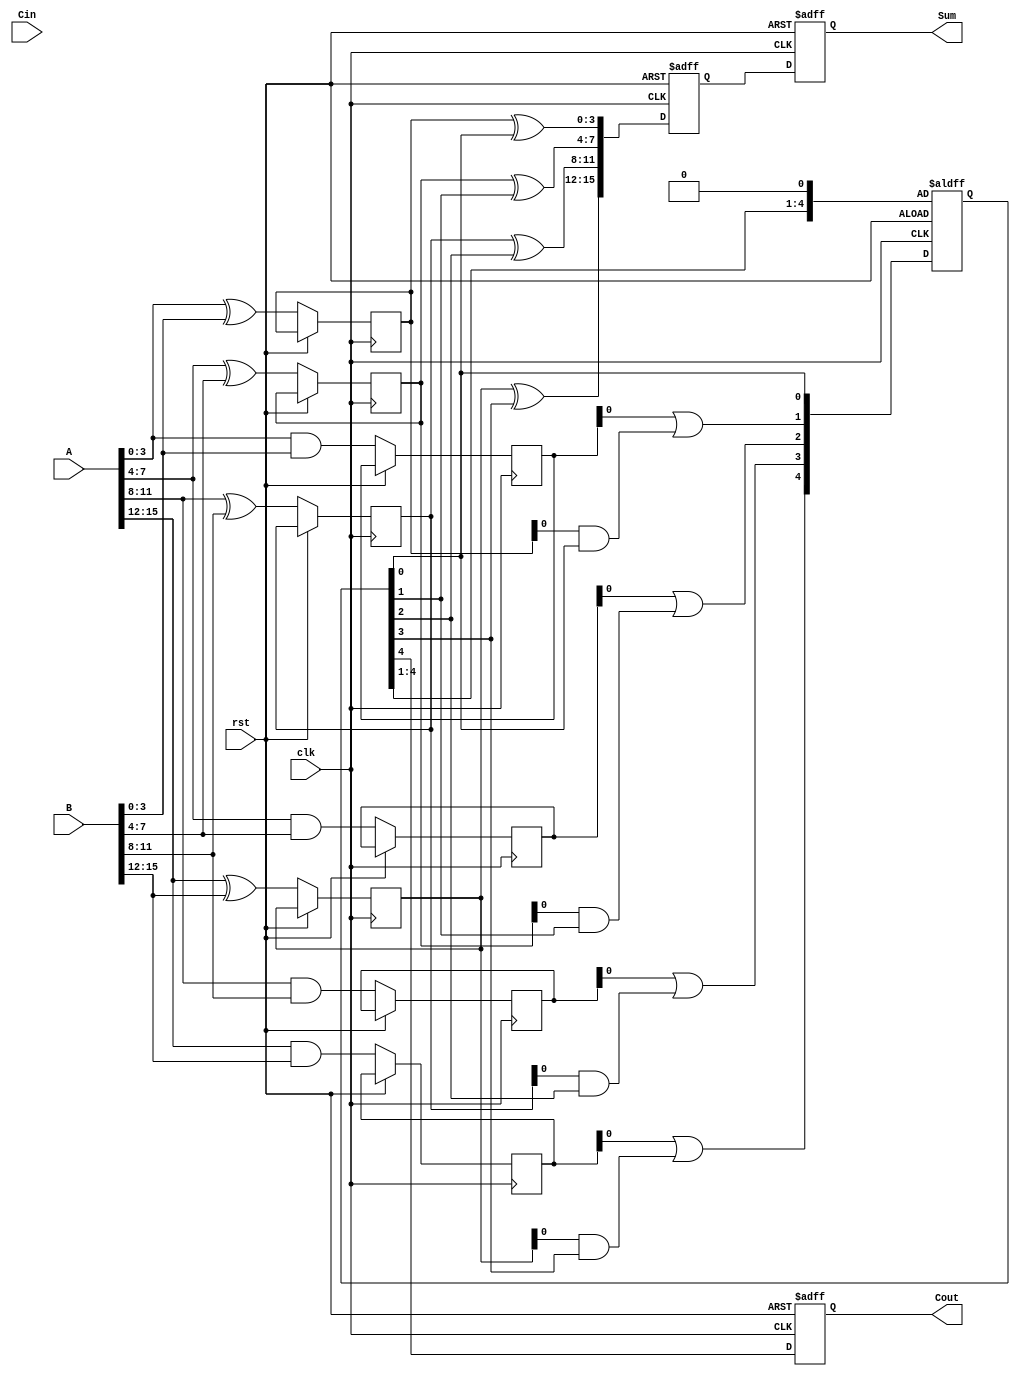
module PipelinedCLA (
    input clk,
    input rst,
    input [15:0] A,
    input [15:0] B,
    input Cin,
    output reg [15:0] Sum,
    output reg Cout
);

    // Internal signals
    reg [3:0] P [0:3]; // Propagate signals for each group
    reg [3:0] G [0:3]; // Generate signals for each group
    reg [4:0] C;       // Carry signals (C[0] = Cin)
    reg [15:0] Sum_stage [0:3]; // Sum outputs for each stage
    reg [4:0] C_stage [0:3];     // Carry outputs for each stage

    // Stage 0: Calculate P and G
    always @(posedge clk or posedge rst) begin
        if (rst) begin
            C[0] <= 1'b0; // Reset carry
        end else begin
            // Calculate P and G for each 4-bit group
            P[0] <= A[3:0] ^ B[3:0];
            G[0] <= A[3:0] & B[3:0];
            P[1] <= A[7:4] ^ B[7:4];
            G[1] <= A[7:4] & B[7:4];
            P[2] <= A[11:8] ^ B[11:8];
            G[2] <= A[11:8] & B[11:8];
            P[3] <= A[15:12] ^ B[15:12];
            G[3] <= A[15:12] & B[15:12];

            // Calculate carry signals
            C[1] <= G[0] | (P[0] & C[0]);
            C[2] <= G[1] | (P[1] & C[1]);
            C[3] <= G[2] | (P[2] & C[2]);
            C[4] <= G[3] | (P[3] & C[3]);
        end
    end

    // Stage 1: Calculate Sum for first group
    always @(posedge clk or posedge rst) begin
        if (rst) begin
            Sum_stage[0] <= 16'b0;
        end else begin
            Sum_stage[0][3:0] <= P[0] ^ C[0]; // Sum for first group
            Sum_stage[0][7:4] <= P[1] ^ C[1]; // Sum for second group
            Sum_stage[0][11:8] <= P[2] ^ C[2]; // Sum for third group
            Sum_stage[0][15:12] <= P[3] ^ C[3]; // Sum for fourth group
        end
    end

    // Stage 2: Output final Sum and Cout
    always @(posedge clk or posedge rst) begin
        if (rst) begin
            Sum <= 16'b0;
            Cout <= 1'b0;
        end else begin
            Sum <= Sum_stage[0]; // Final Sum from stage 1
            Cout <= C[4]; // Final carry out
        end
    end

endmodule